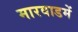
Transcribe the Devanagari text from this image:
मारवाडमें